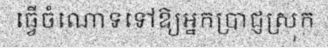
ធ្វើចំណោទទៅឱ្យអ្នកប្រាជ្ញស្រុក